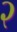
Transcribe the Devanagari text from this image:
२